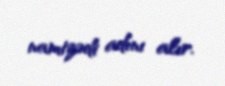
namizədi adını alır.